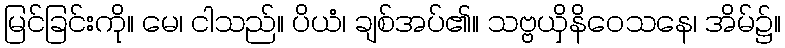
မြင်ခြင်းကို။ မေ၊ ငါသည်။ ပိယံ၊ ချစ်အပ်၏။ သဗ္ဗယှိနိဝေသနေ၊ အိမ်၌။